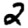
Digit: 2